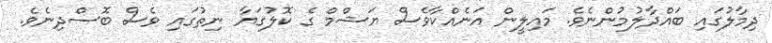
ދިމާލުގައި ބައްދާލުމުންނެވެ. މައިލީން އަނެއްކާވެސް ޔަޝްމް ގެ ކޮލުގަޔާ ނިތުގައި ވެސް ބޮސްދިނެވެ.